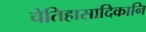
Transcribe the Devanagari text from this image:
चेतिहासादिकानि